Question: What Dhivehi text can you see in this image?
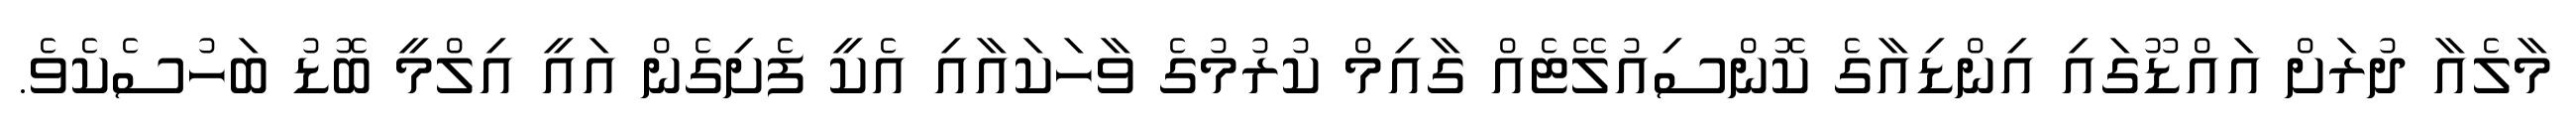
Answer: މާލެއާ ދުރަށް އައްޑޫގައި އިންޑިއާގެ ކޮންސިއުލޭޓެއް ގާއިމް ކުރުމުގެ ވާހަކައާއި އެކީ ފެށިގެން އައީ އިލްމީ ބޮޑު ބަހުސެކެވެ.